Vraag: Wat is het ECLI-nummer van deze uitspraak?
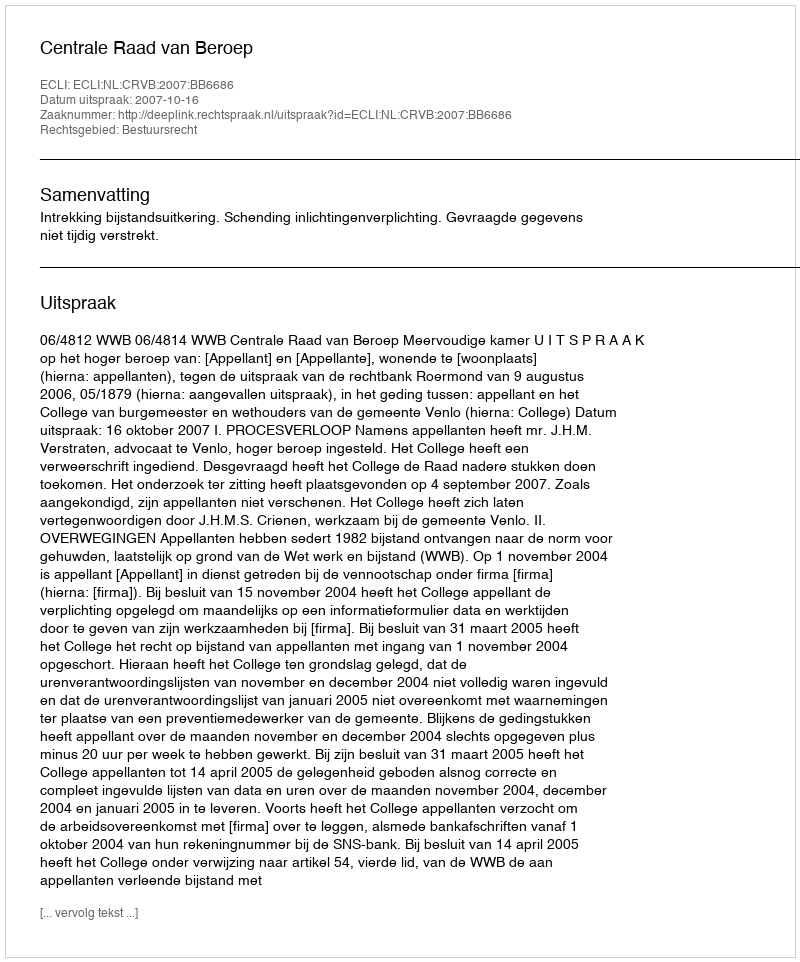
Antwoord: ECLI:NL:CRVB:2007:BB6686